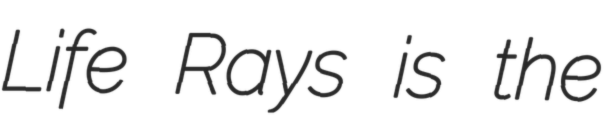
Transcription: Life Rays is the